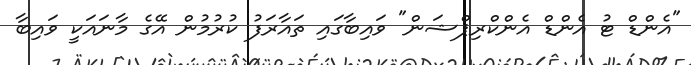
"އެންޑް ޓު އެންޑް އެންކްރިޕްޝަން" ވައިބާގައި ތައާރަފު ކުރުމުން އޭގެ މާނައަކީ ވައިބާ